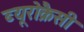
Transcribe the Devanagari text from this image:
ब्यूरोक्रैसी